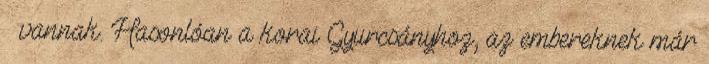
– vannak. Hasonlóan a korai Gyurcsányhoz, az embereknek már